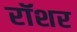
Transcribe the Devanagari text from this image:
रॉशर